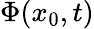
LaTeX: \Phi(x_{0},t)